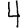
Digit: 4